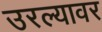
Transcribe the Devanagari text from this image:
उरल्यावर